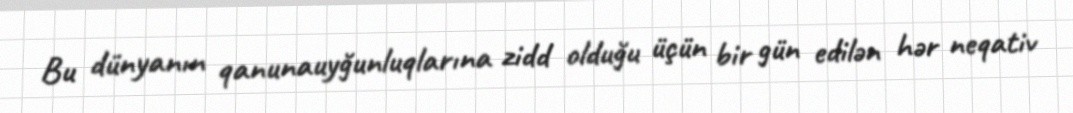
Bu dünyanın qanunauyğunluqlarına zidd olduğu üçün bir gün edilən hər neqativ